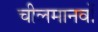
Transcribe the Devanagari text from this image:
चीलमानवों